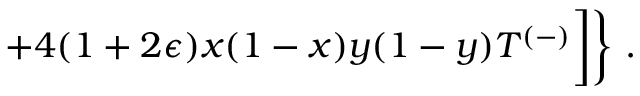
+ 4 ( 1 + 2 \epsilon ) x ( 1 - x ) y ( 1 - y ) T ^ { ( - ) } \biggr ] \biggr \} ~ .